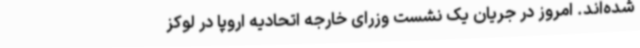
شده‌اند. امروز در جریان یک نشست وزرای خارجه اتحادیه اروپا در لوکز